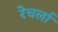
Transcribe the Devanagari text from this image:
रेचर्ला